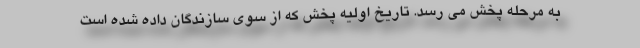
به مرحله پخش می رسد. تاریخ اولیه پخش که از سوی سازندگان داده شده است